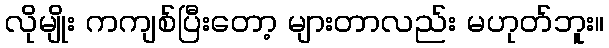
လိုမျိုး ကကျစ်ပြီးတော့ များတာလည်း မဟုတ်ဘူး။